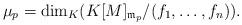
LaTeX: \begin{align*}\mu_p=\dim_K(K[M]_{\mathfrak{m}_p}/(f_1,\ldots,f_n)).\end{align*}